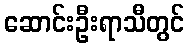
ဆောင်းဦးရာသီတွင်